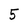
Character: 5